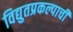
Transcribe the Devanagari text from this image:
विद्युतप्रकल्पाची